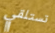
تستلقي